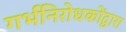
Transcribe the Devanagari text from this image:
गर्भनिरोधकोंद्वारा